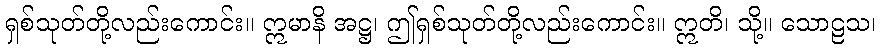
ရှစ်သုတ်တို့လည်းကောင်း။ ဣမာနိ အဋ္ဌ၊ ဤရှစ်သုတ်တို့လည်းကောင်း။ ဣတိ၊ သို့။ သောဠသ၊